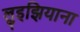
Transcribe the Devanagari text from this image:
लुइझियाना